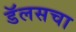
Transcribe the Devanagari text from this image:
डॅलसचा